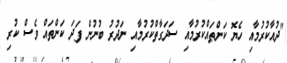
"ދުއާކުރުމާއި ހެޔޮ ކަންތައްކުރުމާއި ސަދަގާތްކުރުމާއި ނަދުރު ބުނުން ފަދަ ކަންތައް ވެސް ކުރި